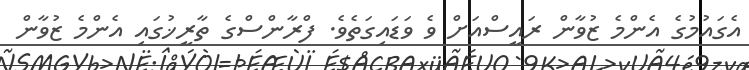
އެގައުމުގެ އެންމެ ޒުވާން ރައީސްއަށް ވެ ވަޑައިގަތެވެ. ފްރާންސްގެ ތާރީޚުގައި އެންމެ ޒުވާން